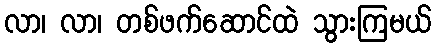
လာ၊ လာ၊ တစ်ဖက်ဆောင်ထဲ သွားကြမယ်